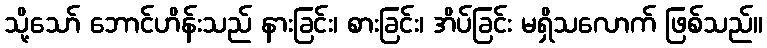
သို့သော် ဘောင်ဟိန်းသည် နားခြင်း၊ စားခြင်း၊ အိပ်ခြင်း မရှိသလောက် ဖြစ်သည်။